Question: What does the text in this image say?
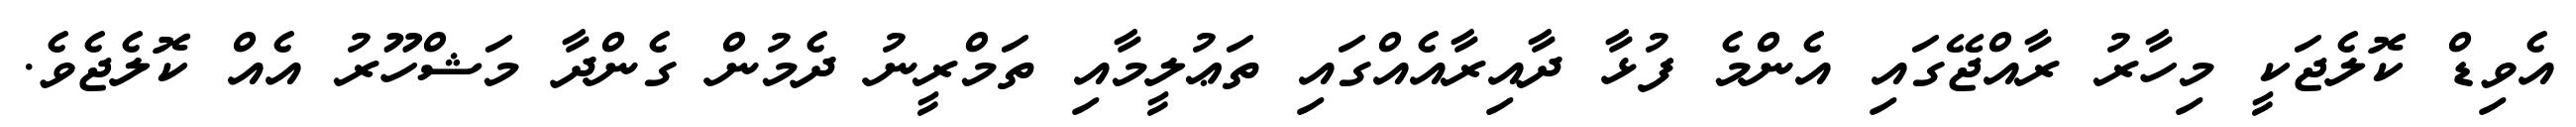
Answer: އެވިޑް ކޮލެޖަކީ މިހާރު ރާއްޖޭގައި އެންމެ ފުޅާ ދާއިރާއެއްގައި ތަޢުލީމާއި ތަމްރީނު ދެމުން ގެންދާ މަޝްހޫރު އެއް ކޮލެޖެވެ.